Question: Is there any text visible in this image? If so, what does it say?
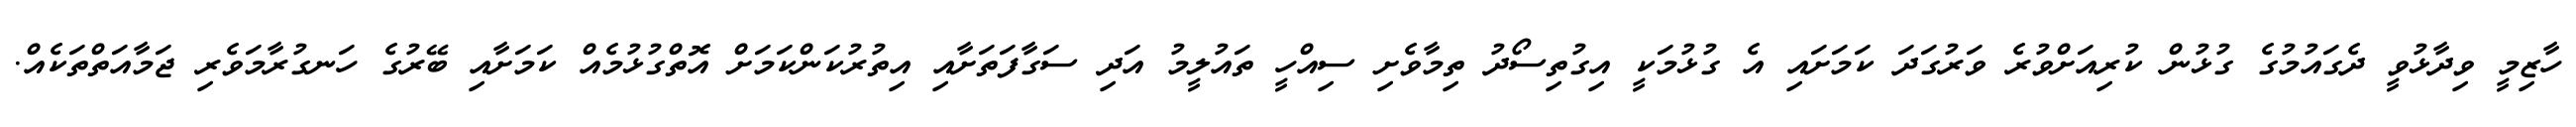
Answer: ހާޒިމީ ވިދާޅުވީ ދެގައުމުގެ ގުޅުން ކުރިއަށްވުރެ ވަރުގަދަ ކަމަށައި އެ ގުޅުމަކީ އިގުތިސޯދު ތިމާވެށި ސިއްހީ ތައުލީމު އަދި ސަގާފަތަށާއި އިތުރުކަންކަމަށް އޮތްގުޅުމެއް ކަމަށާއި ބޭރުގެ ހަނގުރާމަވެރި ޖަމާއަތްތަކެއް.